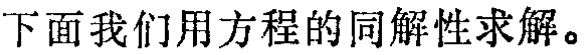
下面我们用方程的同解性求解。